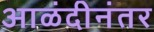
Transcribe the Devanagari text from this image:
आळंदीनंतर